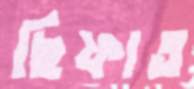
ছিফাত